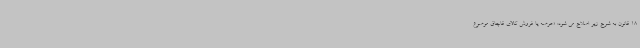
18 قانون به شرح زیر اصلاح می شود: «عرضه یا فروش کالای قاچاق موضوع